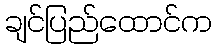
ချင်ပြည်ထောင်က